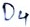
Text: D4